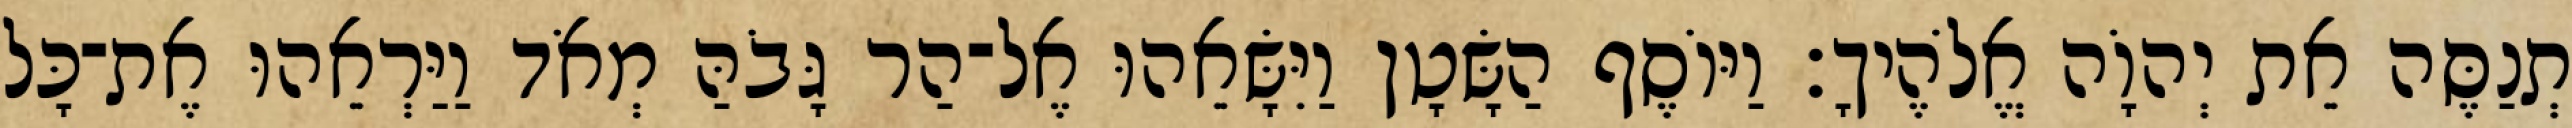
תְנַסֶּה אֵת יְהוָֹה אֱלֹהֶיךָ׃ וַיּוֹסֶף הַשָּׂטָן וַיִּשָּׂאֵהוּ אֶל־הַר גָּבֹהַּ מְאֹד וַיַּרְאֵהוּ אֶת־כָּל